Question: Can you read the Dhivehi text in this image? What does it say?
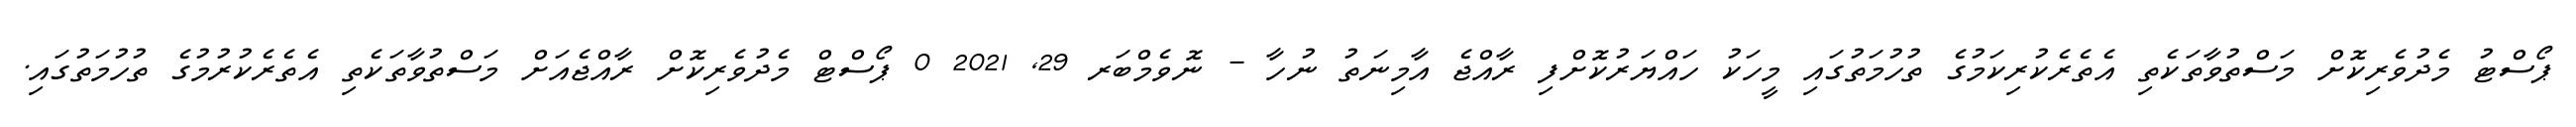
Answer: ޕޯސްޓު މެދުވެރިކޮށް މަސްތުވާތަކެތި އެތެރެކުރިކަމުގެ ތުހުމަތުގައި މީހަކު ހައްޔަރުކޮށްފި ރާއްޖެ އާމިނަތު ނުހާ - ނޮވެމްބަރ 29, 2021 0 ޕޯސްޓް މެދުވެރިކޮށް ރާއްޖެއަށް މަސްތުވާތަކެތި އެތެރެކުރުމުގެ ތުހުމަތުގައި.